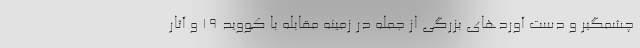
چشمگیر و دست آوردهای بزرگی از جمله در زمینه مقابله با کووید ۱۹ و آثار